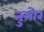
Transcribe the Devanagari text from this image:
तुमोर